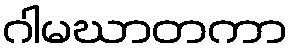
ဂါမဃာတကာ